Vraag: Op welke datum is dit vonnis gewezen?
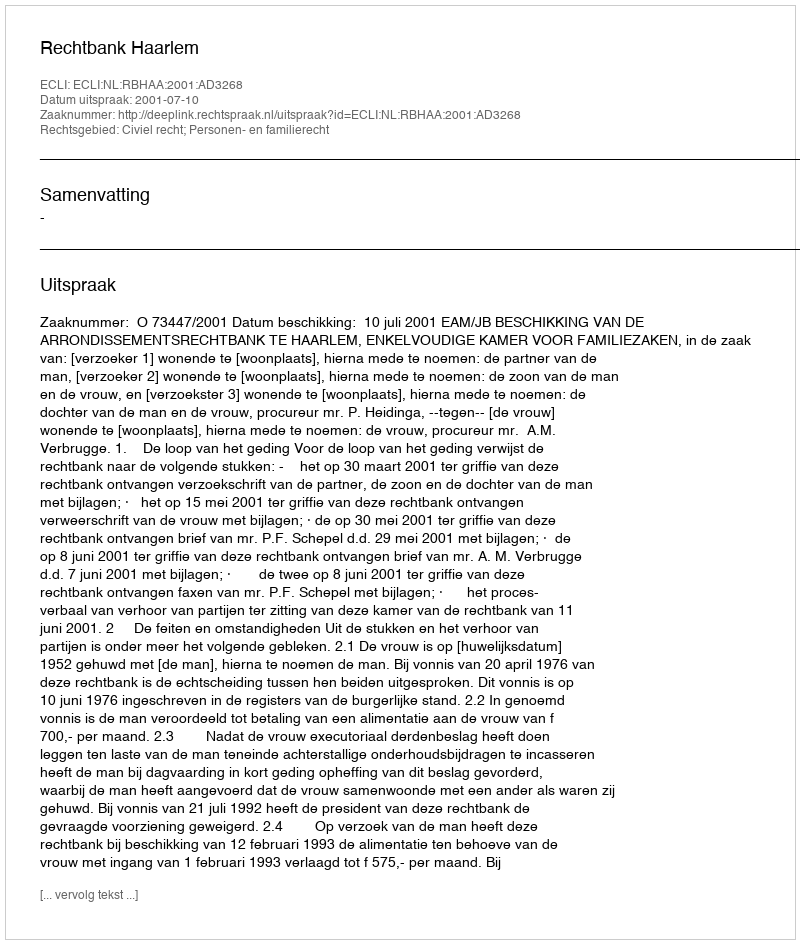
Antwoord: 2001-07-10